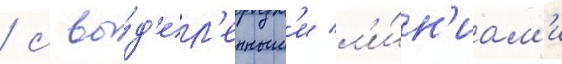
/ с вы́д'ел'енным'и л'и́н'иам'и